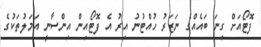
ފޮޓޯއަށް ގިނަ ބައެއްގެ ނަޒަރު ހުއްޓުނު އިރު އެ ފޮޓޯއިން އިންސާނީ އަމަލުތަކުގެ